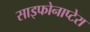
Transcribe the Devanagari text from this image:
साइफोनाप्टेरा